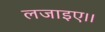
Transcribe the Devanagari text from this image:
लजाइए।।